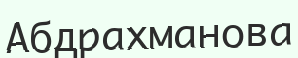
Абдрахманова